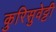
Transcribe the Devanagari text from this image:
कुरिसुवेट्टी